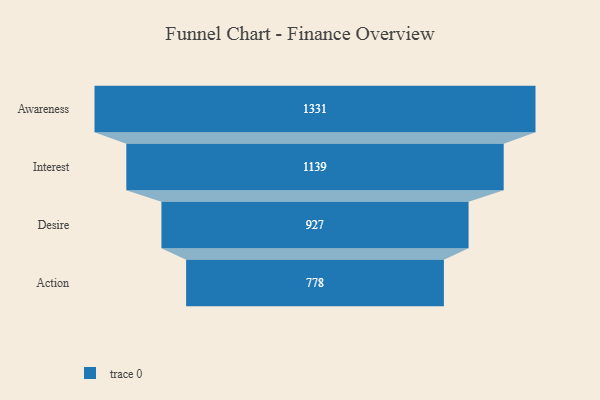
{"axis": {"x": "Stage", "y": "Value"}, "legend": [""], "data": [{"x": "Awareness", "y": 1331.0, "type": ""}, {"x": "Interest", "y": 1139.0, "type": ""}, {"x": "Desire", "y": 927.0, "type": ""}, {"x": "Action", "y": 778.0, "type": ""}]}